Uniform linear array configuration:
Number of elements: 48
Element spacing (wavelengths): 1
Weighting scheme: kaiser
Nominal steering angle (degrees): -15
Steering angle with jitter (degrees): -13.379
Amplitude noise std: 0.05
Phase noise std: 0.05

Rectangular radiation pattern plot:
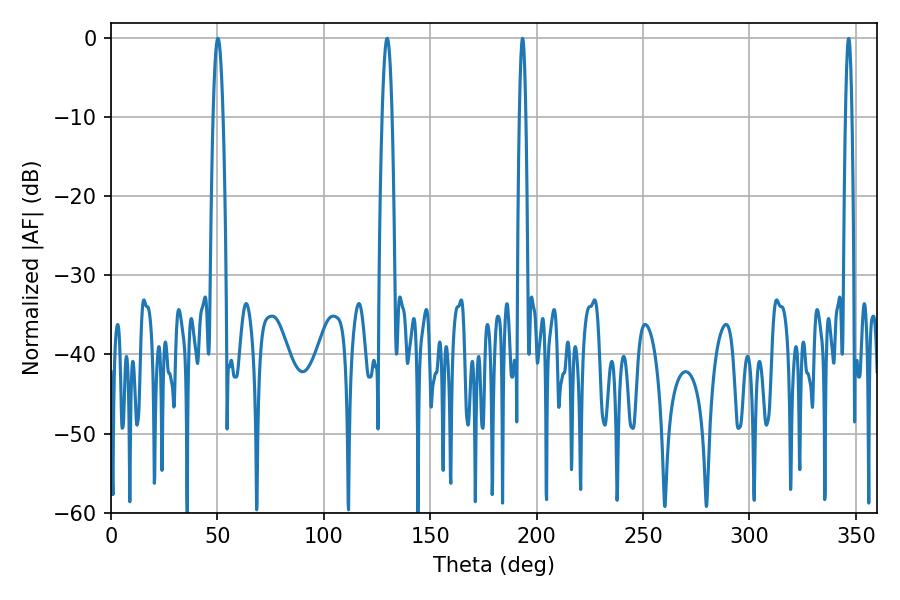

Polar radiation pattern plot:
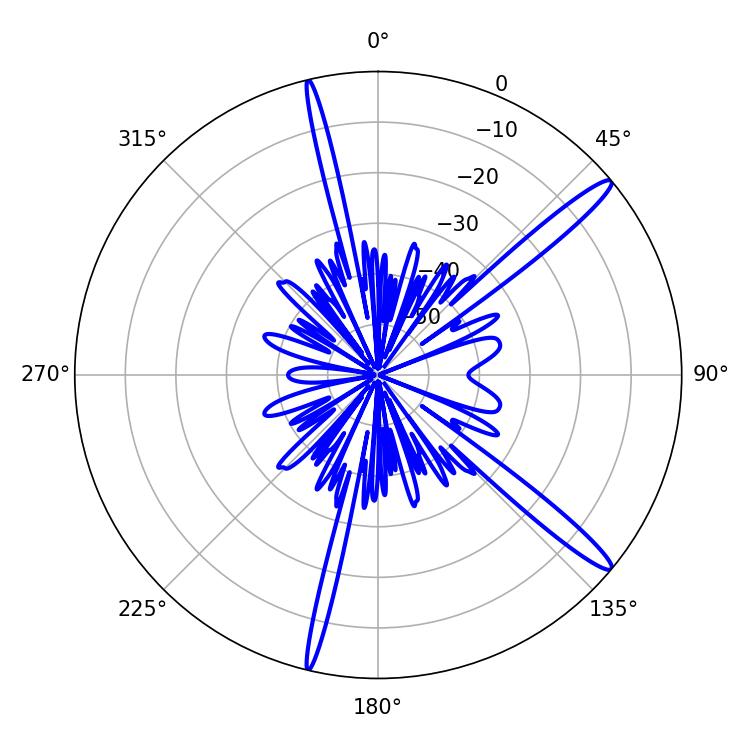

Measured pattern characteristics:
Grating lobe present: TRUE
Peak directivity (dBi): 15.184
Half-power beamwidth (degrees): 2.52
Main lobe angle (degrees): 50.22